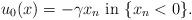
LaTeX: \begin{align*}u_0(x)=-\gamma x_n {\mbox{ in }} \{x_n<0\}.\end{align*}